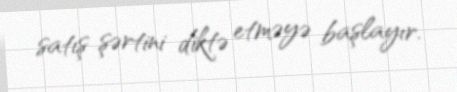
satış şərtini diktə etməyə başlayır.